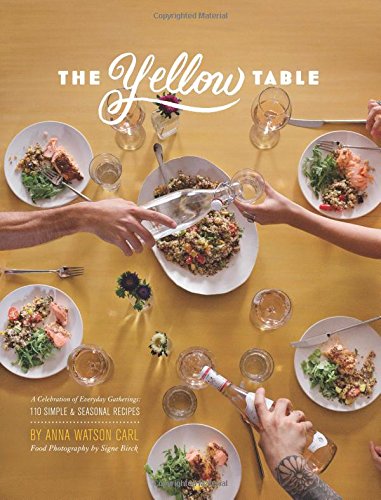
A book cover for The Yellow Table: A Celebration of Everyday Gatherings: 110 Simple & Seasonal Recipes; Anna Watson Carl; Cookbooks, Food & Wine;